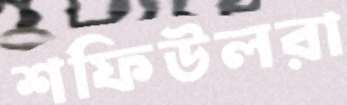
শফিউলরা